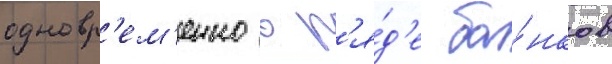
одновр'ем'енно в р'я́д'е ба́нков